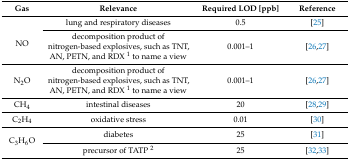
| Gas | Relevance | Required LOD [ppb] | Reference |
 | --- | --- | --- | --- |
 | <ROWSPAN=2> NO | lung and respiratory diseases | 0.5 | [25] |
 | decomposition product of nitrogen-based explosives, such as TNT, AN, PETN, and RDX 1 to name a view | 0.001–1 | [26,27] |
 | N2O | decomposition product of nitrogen-based explosives, such as TNT, AN, PETN, and RDX 1 to name a view | 0.001–1 | [26,27] |
 | CH4 | intestinal diseases | 20 | [28,29] |
 | C2H4 | oxidative stress | 0.01 | [30] |
 | <ROWSPAN=2> C3H6O | diabetes | 25 | [31] |
 | precursor of TATP 2 | 25 | [32,33] |